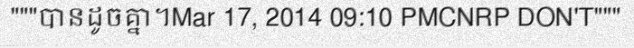
"""បានដូចគ្នា។Mar 17, 2014 09:10 PMCNRP DON'T"""